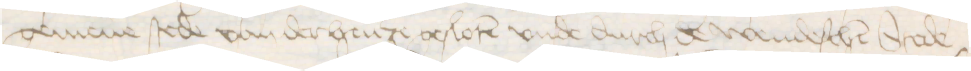
gemene stede van der henze gesloten vnde durch de wendeschen Stede